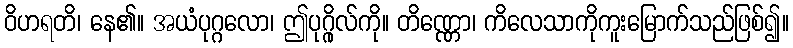
ဝိဟရတိ၊ နေ၏။ အယံပုဂ္ဂလော၊ ဤပုဂ္ဂိုလ်ကို။ တိဏ္ဏော၊ ကိလေသာကိုကူးမြောက်သည်ဖြစ်၍။